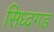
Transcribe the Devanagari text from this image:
सिध्दगड